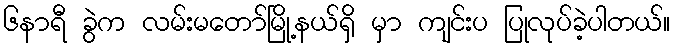
၆နာရီ ခွဲက လမ်းမတော်မြို့နယ်ရှိ မှာ ကျင်းပ ပြုလုပ်ခဲ့ပါတယ်။